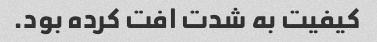
کیفیت به شدت افت کرده بود.